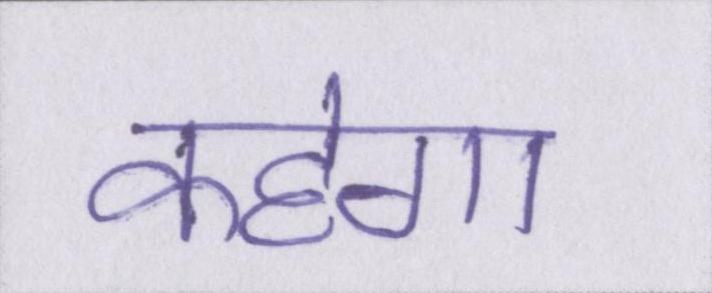
कहेगा